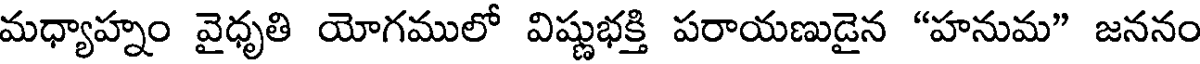
మధ్యాహ్నం వైధృతి యోగములో విష్ణుభక్తి పరాయణుడైన "హనుమ" జననం